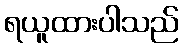
ရယူထားပါသည်